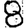
Digit: 8